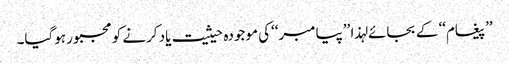
’’پیغام‘‘ کے بجائے لہذا ’’پیامبر‘‘کی موجودہ حیثیت یاد کرنے کو مجبور ہوگیا۔